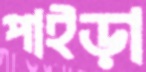
পাইড়া